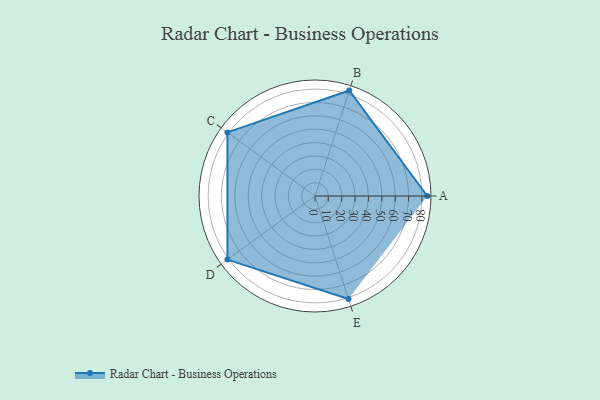
{"axis": {"x": "Skill", "y": "Score"}, "legend": ["Profile"], "data": [{"x": "A", "y": 84.0, "type": "Profile"}, {"x": "B", "y": 83.0, "type": "Profile"}, {"x": "C", "y": 81.0, "type": "Profile"}, {"x": "D", "y": 81.0, "type": "Profile"}, {"x": "E", "y": 81.0, "type": "Profile"}]}